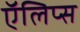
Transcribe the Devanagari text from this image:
ऍलिप्स